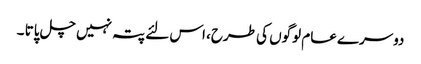
دوسرے عام لوگوں کی طرح، اس لئے پتہ نہیں چل پاتا ۔